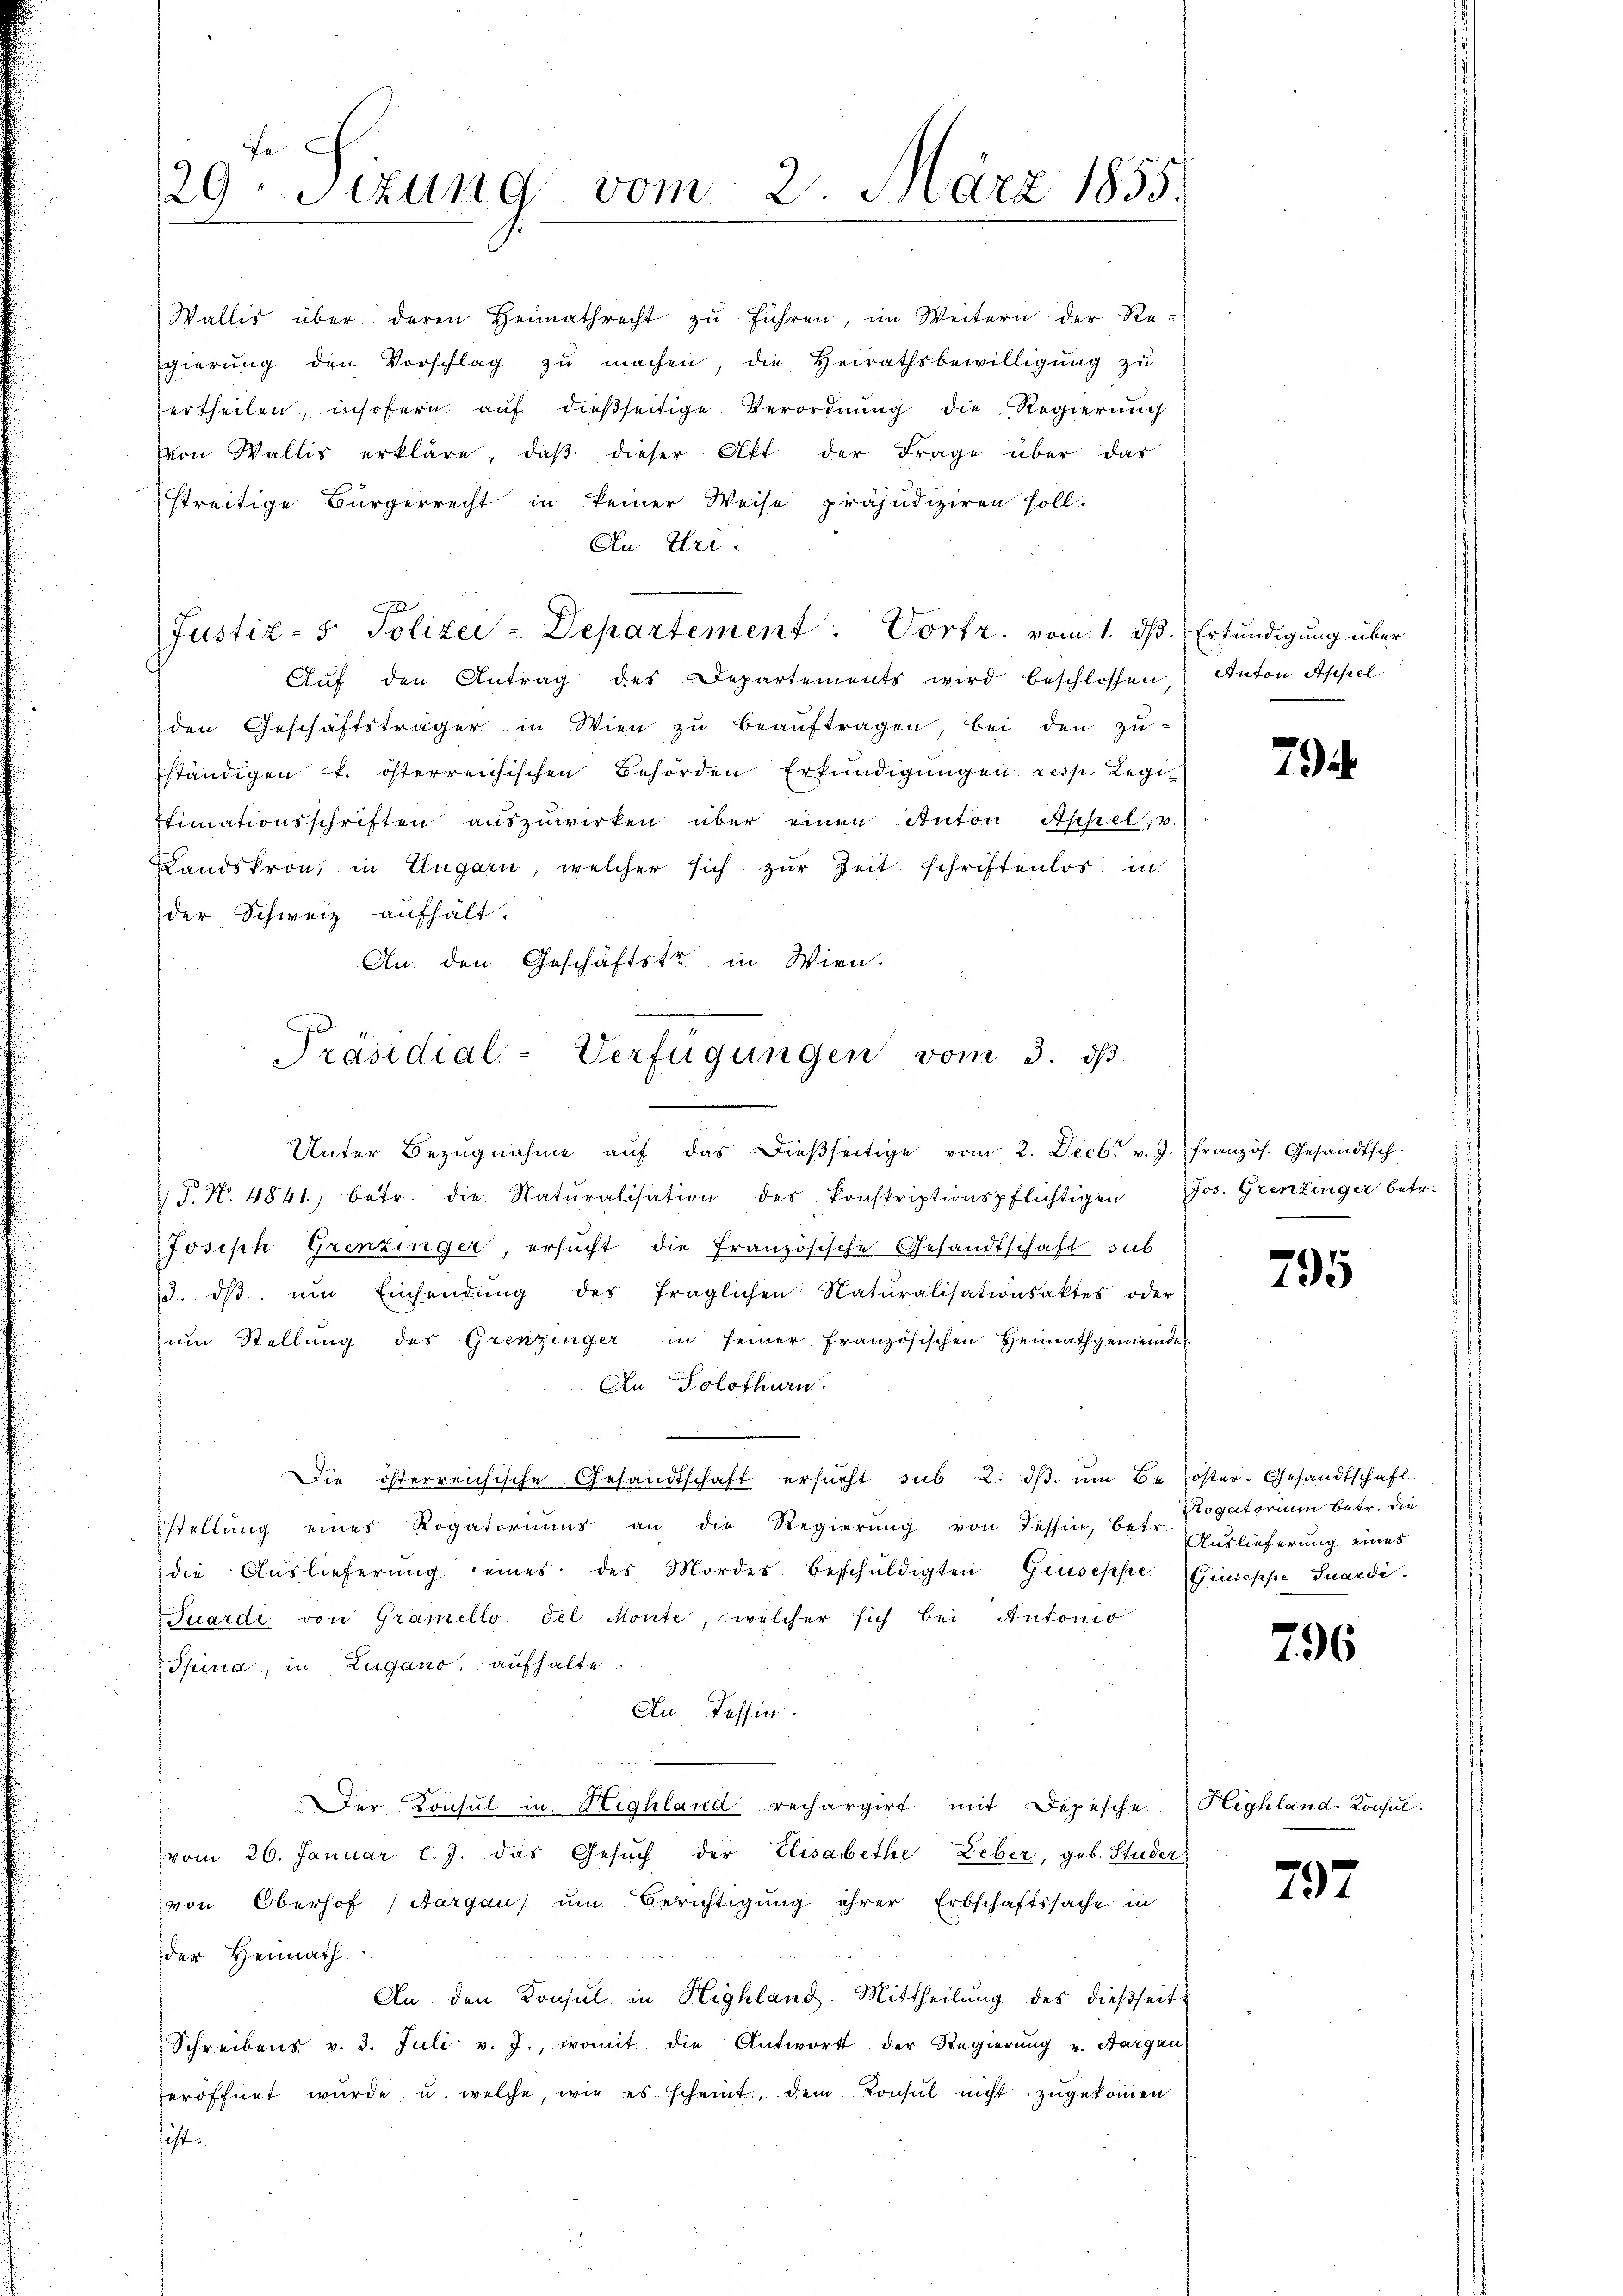
29. Sizung vom 2. März 1855.

Justiz- & Polizei-Departement: Vortr. vom 1. ds. Erkundigung über

Wallis über deren Heimathrecht zŭ führen, im Weitern der Re-
gierŭng den Vorschlag zŭ machen, die Heirathsbewilligŭng zŭ
ertheilen, insofern aŭf dießseitige Verordnŭng die Regierŭng
von Wallis erkläre, daβ dieser Akt der Frage über das
streitige Bürgerrecht in keiner Weise präjudiziren soll.
An Uri.
Aŭf den Antrag des Departements wird beschlossen, Anton Appel
den Geschäftsträger in Wien zŭ beaŭftragen, bei den zu-
ständigen u. österreichischen Behörden Erkundigungen resp. Legi
Thimationsschriften auszuwirken über einen Anton Appel, v.
Landskron, in Ungarn, welcher sich zŭr Zeit schriftenlos in
der Schweiz aufhält.
An. den Geschäftstr, in Wien.

Präsidial-Verfügungen vom 3. ds.
.
Unter Bezŭgnahme aŭf das dieβseitige vom 2. Decbr v. J. französ. Gesandtsch

P. No. 4841.) betr. die Natŭralisation des konskriptionspflichtigen Jos. Grenzinger betr.
Joseph Grenzinger, ersucht die französische Gesandtschaft sub
3. dβ. ŭm Einsendŭng des fraglichen Naturalisationsaktes oder
um Stellung des Grenzinger in seiner Französischen Heimathgemeinde
An Solothurn.
Die österreichische Gesandtschaft ersŭcht sub 2. dβ. ŭm Be öster. Gesandtschaft.
stellŭng eines Rogatoriŭms an die Regierŭng von Tessin, betr. Auslieferŭng einer
die Auslieferung eines des Mordes beschŭldigten Giuseppe (Giuseppe Guardi.
Tuardi von Gramello del Monte, welcher sich bei Antonio
Spina, in Zugano, aufhalte.
An Tessin.
Der Konsul in Highland rechargirt mit Depesche Highland. Konsul
vom 26. Januar l. J. das Gesŭch der Elisabethe Leber, geb. Studer
von Oberhof (Aargau) um Berichtigung ihrer Erbschaftssache in
der Heimath.
An den Konsul in Highland. Mittheilŭng des dießseit
Schreibens v. 3. Juli v. J., womit die Antwort der Regierŭng u. Aargau
eröffnet wurde, u. welche, wie es scheint, dem Konsul nicht zugekommen
ist.

7

795

Rogatorium betr. die

796

797